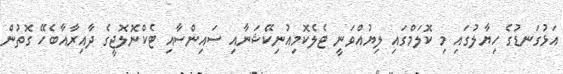
އަޅުގަނޑުގެ ހިޔާލުގައި މި ކޮލަމްގައި ލިޔުއްވަނީ ޓެލެކޮމިއުނިކޭޝަނާއި ސައިންސާއި ޓެކްނޮލޮޖީގެ ދާއިރާއާބެހޭ ގޮތުން